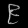
Digit: ၉